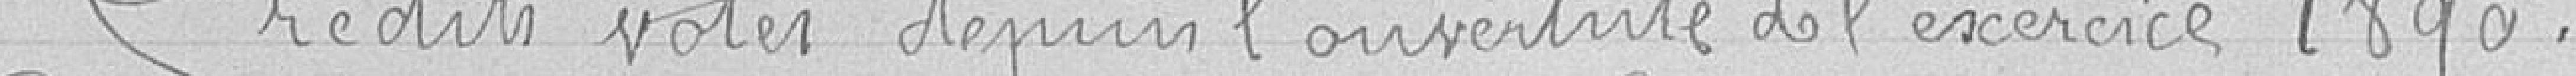
Crédits votés depuis l'ouverture de l'exercice 1890.